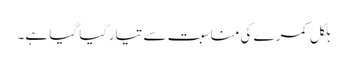
بلکل کمرے کی مناسبت سے تیار کیا گیا ہے۔